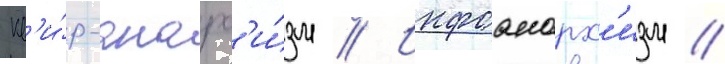
Кв'и́р-анарх'и́зм // Инфоанарх'изм //